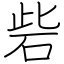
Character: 砦